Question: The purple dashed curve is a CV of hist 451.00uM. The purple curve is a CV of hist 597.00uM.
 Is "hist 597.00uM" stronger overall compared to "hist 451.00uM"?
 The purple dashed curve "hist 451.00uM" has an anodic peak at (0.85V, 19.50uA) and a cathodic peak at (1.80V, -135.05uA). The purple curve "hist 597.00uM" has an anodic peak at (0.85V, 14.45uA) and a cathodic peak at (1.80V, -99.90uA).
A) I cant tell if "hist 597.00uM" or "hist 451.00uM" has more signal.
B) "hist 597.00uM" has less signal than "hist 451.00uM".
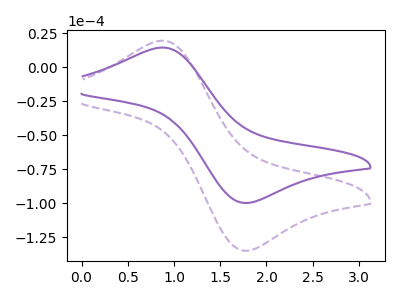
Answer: <think>All the peaks in "hist 597.00uM" have a peak in "hist 451.00uM" at the same potential. Every peak in "hist 597.00uM" is lower than every peak in "hist 451.00uM".
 </think>
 <answer>B) "hist 597.00uM" has less signal than "hist 451.00uM".</answer>
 <eval>B</eval>